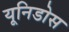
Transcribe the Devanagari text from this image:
यूनिडोस